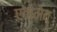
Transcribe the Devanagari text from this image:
एक्मेव